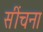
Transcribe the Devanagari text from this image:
सींचना